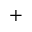
+